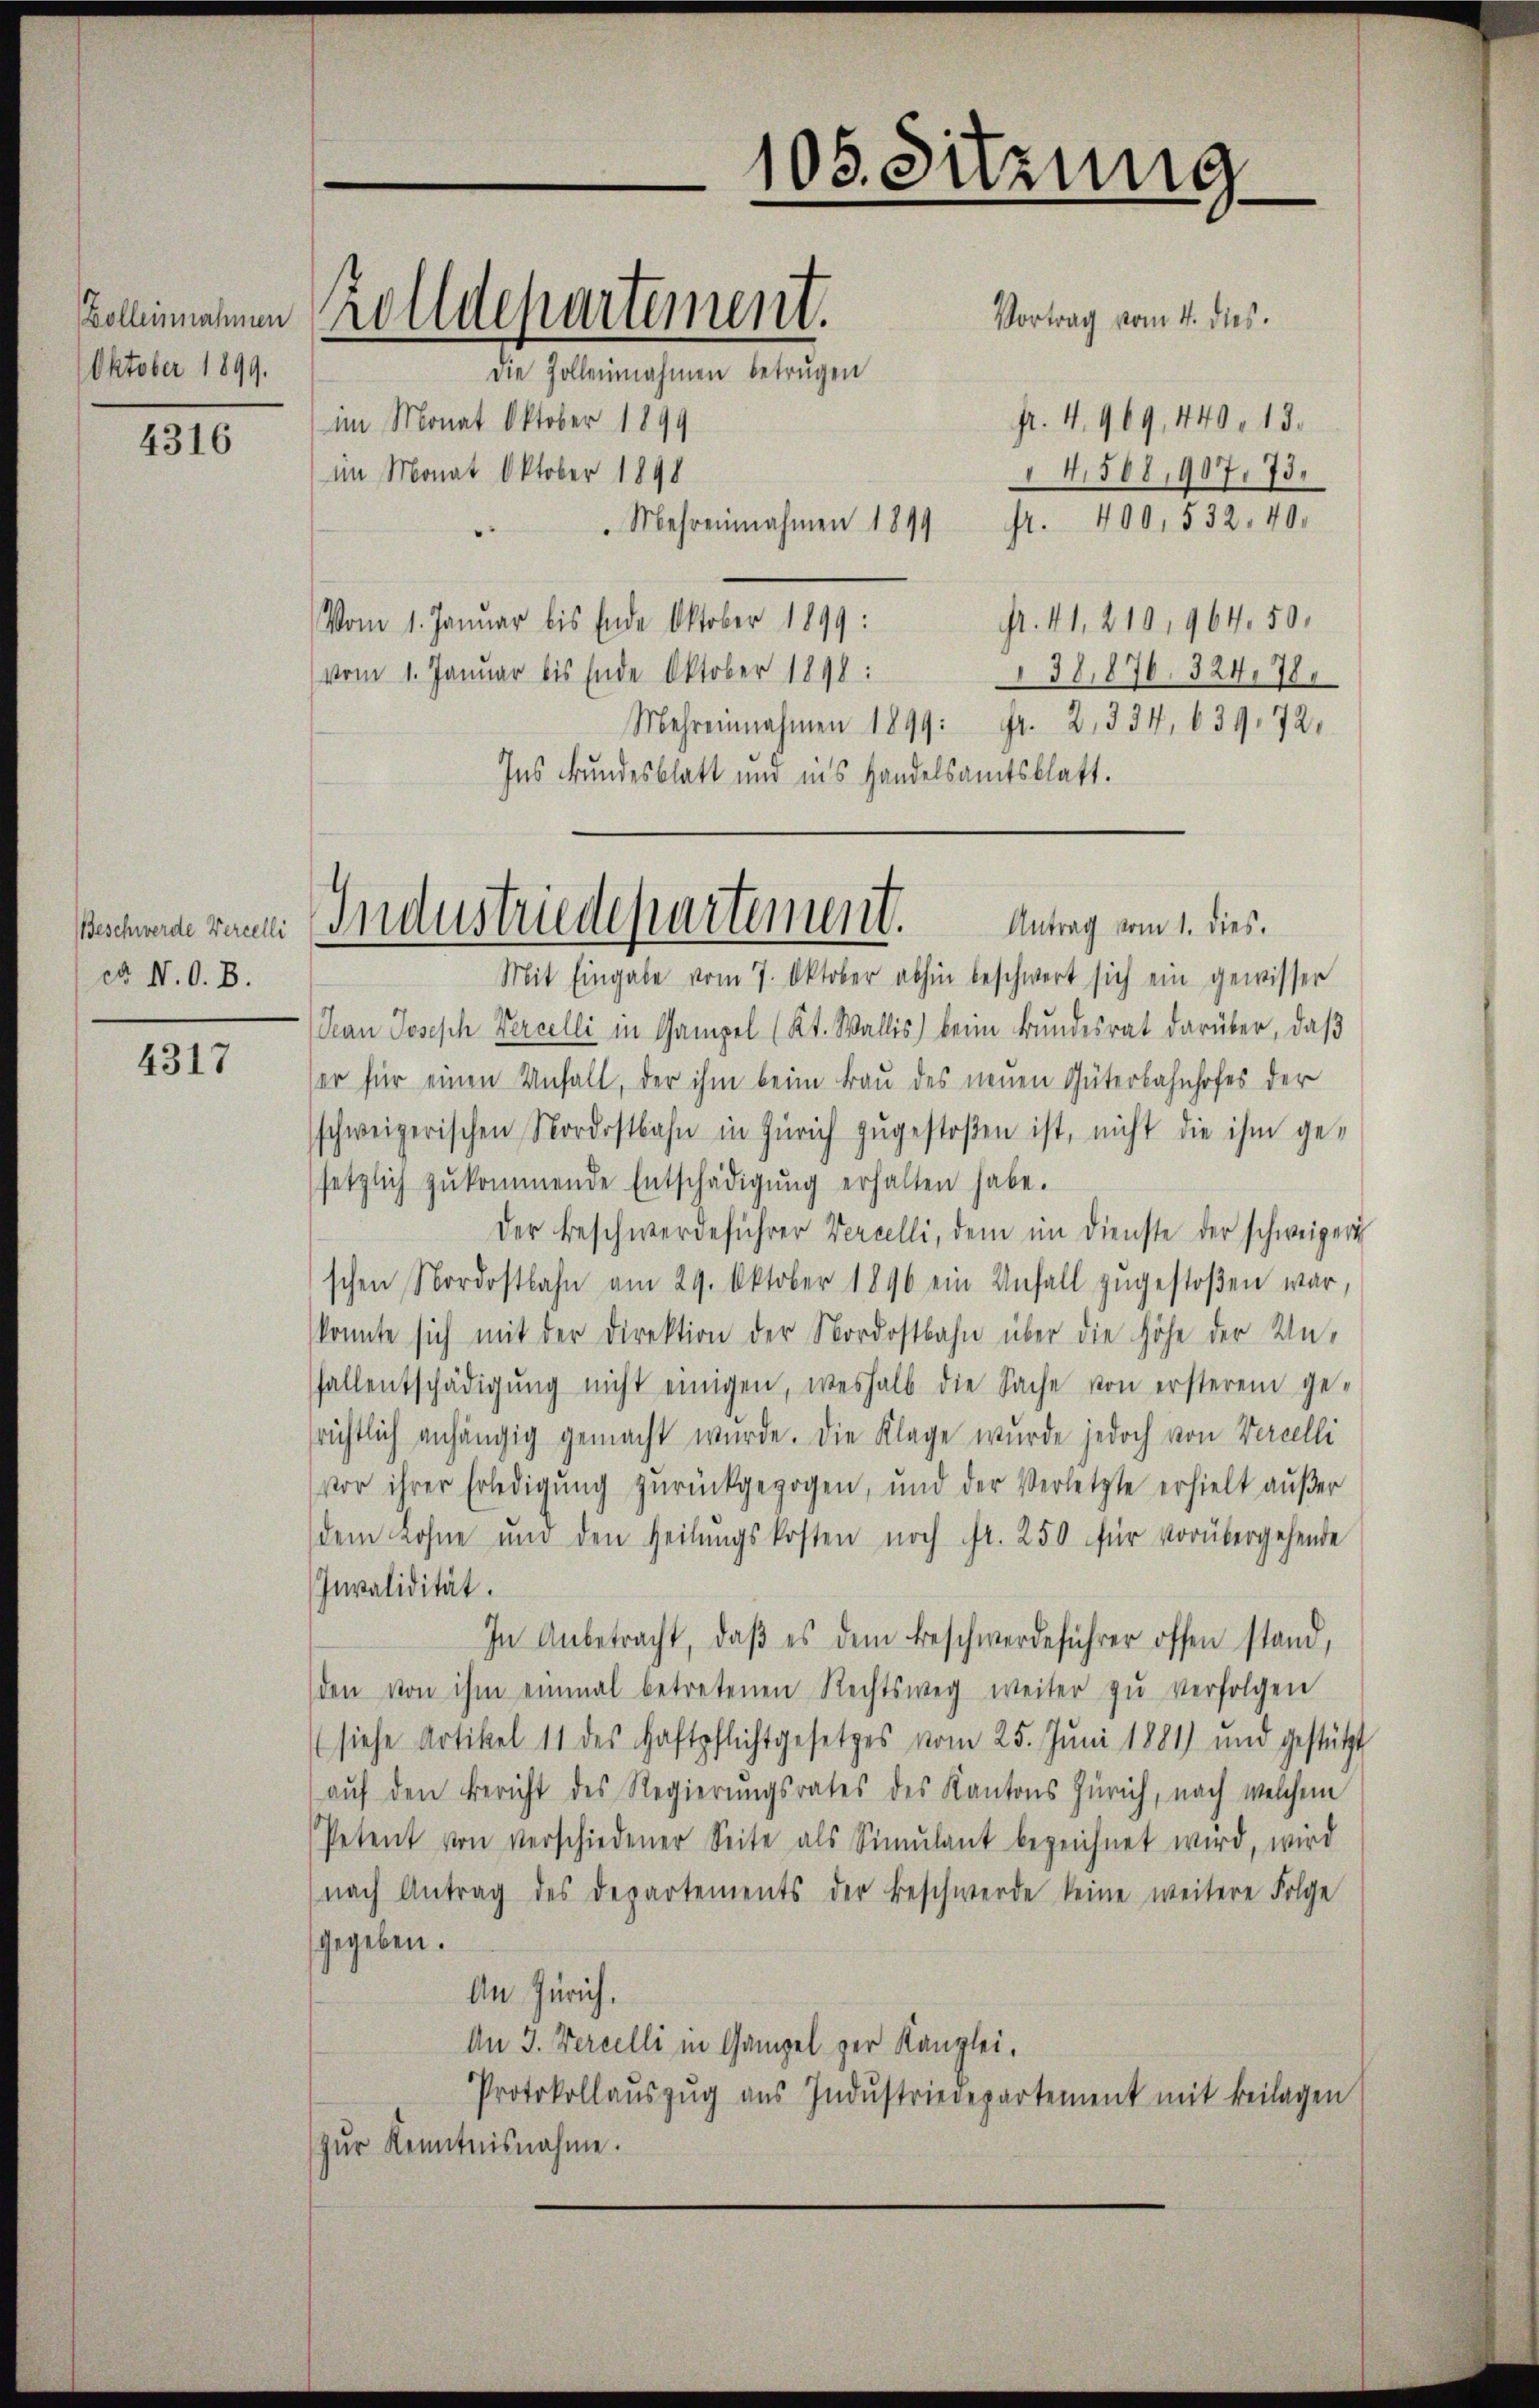
Bolleinnahmen
Oktober 1899.

4316

Beschwerde Verzelli
ddo. N. O. B.

4317

Vortrag vom 4. dies
die Zollennahmen betrugen
(im Monat Oktober 1899
fr. 4. 969, 440 n 13.
im Monat Oktober 1898
4,508, 907. 73.
fr. 400, 532. 40.
Mehreinahmen 1899
fr. 41, 210,964. 50.
Vom 1. Januar bis Ende Oktober 1899:
vom 1. Januar bis Ende Oktober 1898:
38,876. 324. 78.
Mehreinnahmen 1899: Fr. 2, 334. 639. 72.
Ins Bundesblatt und ins Handelsamtsblatt.

Zolldepartement.

Mit Eingabe vom 7. Oktober abhin beschwert sich ein gewisser
Can Joseph Verzelli in Gampel (Kt. Wallis) beim Bundesrat darüber, daβ
ser für einen Unfall, der ihm beim Bau des neuen Güterbahnhofes der
schweizerischen Nordostbahn in Zürich zŭgestoßen ist, nicht die ihm ge-
setzlich zŭkommende Entschädigŭng erhalten habe.
Der Beschwerdeführer Verzelli, dem im Dienste der schweigert
schen Nordostbahn am 29. Oktober 1890 ein Unfall zŭgestoβen war,
konnte sich mit der Direktion der Nordostbahn über die Höhe der Unfallentschädigŭng nicht einigen, weshalb die Sache von ersterem ge-
srichtlich anhängig gemacht wurde. Die Klage wurde jedoch von Verzelli
vor ihrer Erledigŭng zŭrückgezogen, und der Verletzte erhielt aŭβer
dem Lohne und den Heilŭngskosten noch Fr. 250 für vorübergehende
Invalidität.
In Anbetracht, daβ es dem Beschwerdeführer offen stand,
den von ihm einmal betretenen Rechtsweg weiter zŭ verfolgen
(siehe Artikel 11 des Haftpflichtgesetzes vom 25. Juni 1881) und gestützt
auf den Bericht des Regierungsrates des Kantons Zürich, nach welchem
Petent von verschiedener Seite als Simulant bezeichnet wird, wird
nach Antrag des Departements der Beschwerde keine weitere Folge
gegeben.
An Zürich.
An 3. Vereelli in Gampel zur Kanzlei.
Protokollaŭszŭg aŭs Indŭstriedepartement mit Beilagen
zur Kenntnisnahme.

105. Sitzung

Industriedepartement. Antrag vom 1. dies